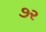
૭ર